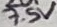
Text: 7.5V